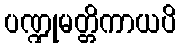
ပဏ္ဍုမတ္တိကာယပိ